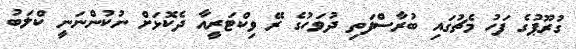
ގުރޫޕުގެ ފަހު މެޗުގައި ބުރާސްފަތި ދުވަހުގެ ރޭ ވިކްޓަރީއާ ދެކޮޅަށް ނުކުންނަނީ ކްލަބު